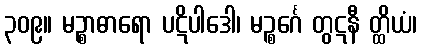
၃၀၉။ မဉ္စာဓာရော ပဋိပါဒေါ၊ မဉ္စင်္ဂေ တွဋနီ တ္ထိယံ၊